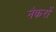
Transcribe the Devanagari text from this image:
नैकरों